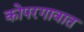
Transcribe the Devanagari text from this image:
कोपरगावात